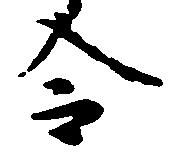
令